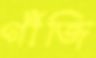
গাঁজি